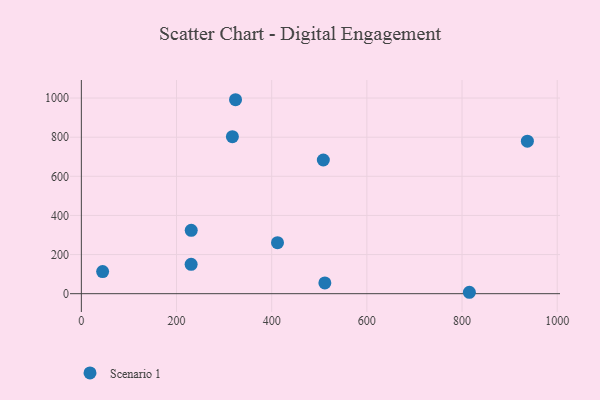
{"axis": {"x": "Experience", "y": "Profit"}, "legend": ["Scenario 1"], "data": [{"x": "511.7", "y": 54.8, "type": "Scenario 1"}, {"x": "230.7", "y": 150.0, "type": "Scenario 1"}, {"x": "412.2", "y": 260.5, "type": "Scenario 1"}, {"x": "317.4", "y": 802.4, "type": "Scenario 1"}, {"x": "937.3", "y": 779.7, "type": "Scenario 1"}, {"x": "815.4", "y": 7.2, "type": "Scenario 1"}, {"x": "324.0", "y": 991.5, "type": "Scenario 1"}, {"x": "508.5", "y": 683.5, "type": "Scenario 1"}, {"x": "44.7", "y": 113.1, "type": "Scenario 1"}, {"x": "230.9", "y": 324.0, "type": "Scenario 1"}]}